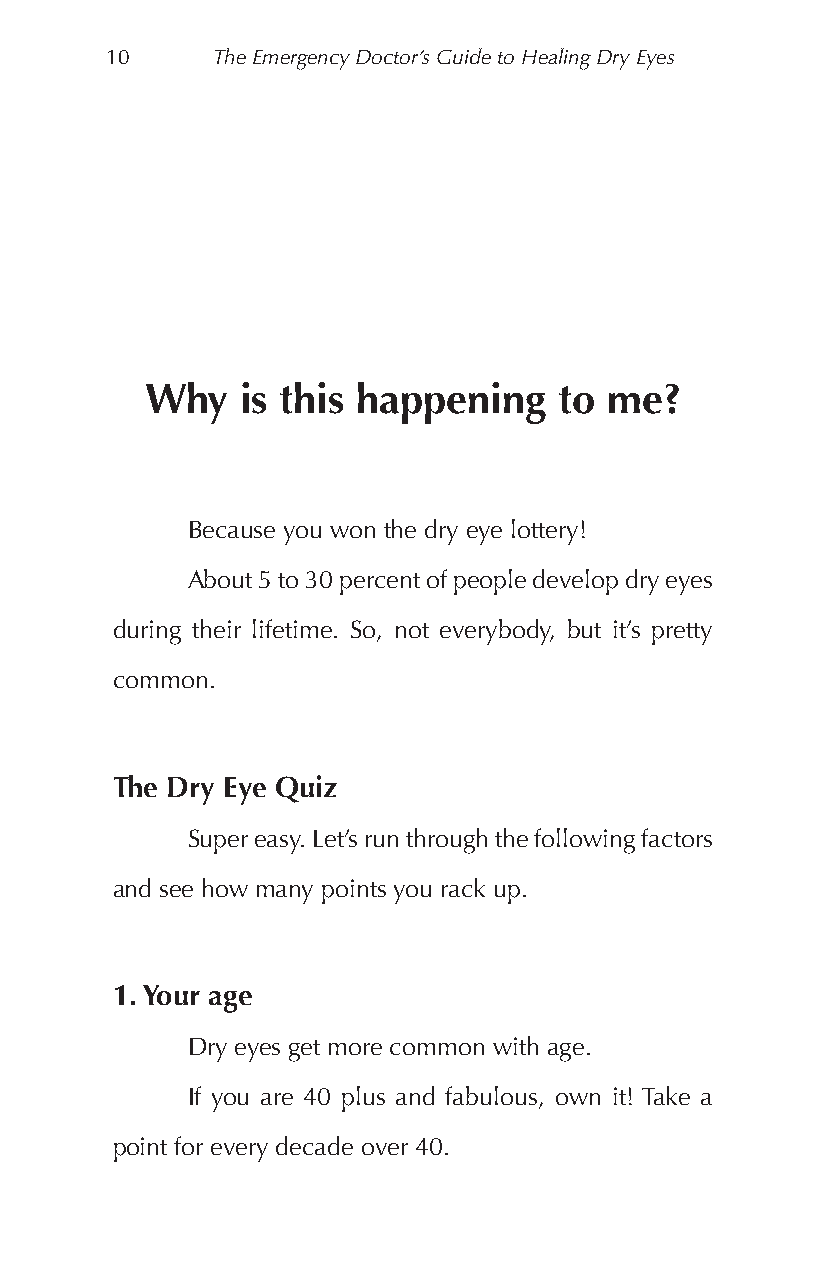
10     The Emergency Doctor’s Guide to Healing Dry Eyes
 Why   is this happening    to me?
 Because you won the dry eye lottery!
 About 5 to 30 percent of people develop dry eyes
 during their lifetime. So, not everybody, but it’s pretty
 common.
 The Dry Eye Quiz
 Super easy. Let’s run through the following factors
 and see how many points you rack up.
 1. Your age
 Dry eyes get more common with age.
 If you are 40 plus and fabulous, own it! Take a
 point for every decade over 40.